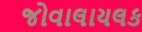
જોવાલાયલક